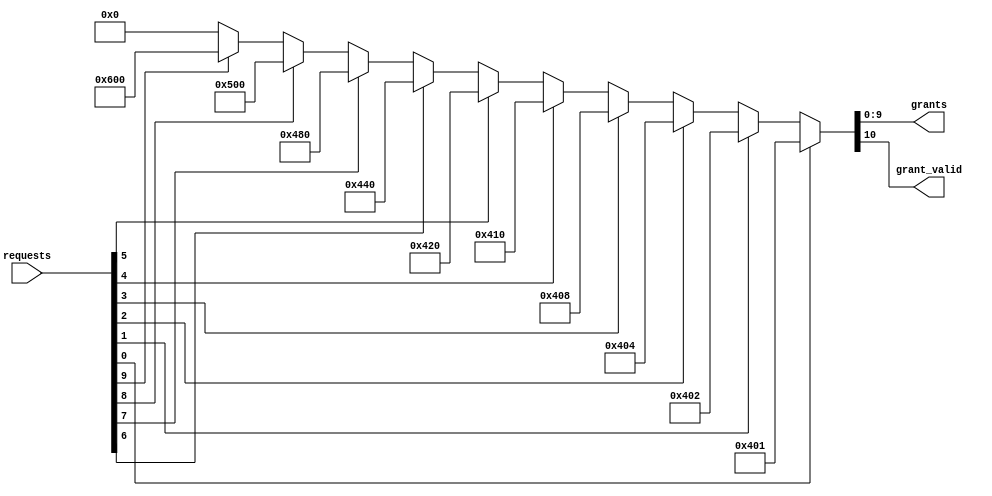
`timescale 1 ns/100 ps	// time unit = 1ns; precision = 1/10 ns

/* Static arbiter. Grant to the first request starting from the
 * least-significant bit
 */

 module arbiter_static #(
    parameter SIZE = 10
)
(
    input   [SIZE-1:0]  requests,
    output  [SIZE-1:0]  grants,
    output              grant_valid
);
    
    // This module only supports SIZE = 1, 2, 4, 8
    // psl ERROR_unsupported_arbiter_size: assert always {(SIZE > 0 && SIZE <= 10) || SIZE == 16};
    
    reg [SIZE:0] grant_temp;
    assign {grant_valid, grants} = grant_temp;

    generate
        if (SIZE == 1)
        begin
            always @(*)
            begin
                grant_temp = {requests, requests};
            end
        end
        else if (SIZE == 2)
        begin
            always @(*)
            begin
                if (requests[0])        grant_temp = 3'b101;
                else if (requests[1])   grant_temp = 3'b110;
                else                    grant_temp = 3'b000;
            end
        end
        else if (SIZE == 3)
        begin
            always @(*)
            begin
                if (requests[0])        grant_temp = 4'b1001;
                else if (requests[1])   grant_temp = 4'b1010;
                else if (requests[2])   grant_temp = 4'b1100;
                else                    grant_temp = 4'b0000;
            end
        end
        else if (SIZE == 4)
        begin
            always @(*)
            begin
                if (requests[0])        grant_temp = 5'b10001;
                else if (requests[1])   grant_temp = 5'b10010;
                else if (requests[2])   grant_temp = 5'b10100;
                else if (requests[3])   grant_temp = 5'b11000;
                else                    grant_temp = 5'b00000;
            end
        end
        else if (SIZE == 5)
        begin
            always @(*)
            begin
                if (requests[0])        grant_temp = 6'b10_0001;
                else if (requests[1])   grant_temp = 6'b10_0010;
                else if (requests[2])   grant_temp = 6'b10_0100;
                else if (requests[3])   grant_temp = 6'b10_1000;
                else if (requests[4])   grant_temp = 6'b11_0000;
                else                    grant_temp = 6'b00_0000;
            end
        end
        else if (SIZE == 6)
        begin
            always @(*)
            begin
                if (requests[0])        grant_temp = 7'b100_0001;
                else if (requests[1])   grant_temp = 7'b100_0010;
                else if (requests[2])   grant_temp = 7'b100_0100;
                else if (requests[3])   grant_temp = 7'b100_1000;
                else if (requests[4])   grant_temp = 7'b101_0000;
                else if (requests[5])   grant_temp = 7'b110_0000;
                else                    grant_temp = 7'b000_0000;
            end
        end
        else if (SIZE == 7)
        begin
            always @(*)
            begin
                if (requests[0])        grant_temp = 8'b1000_0001;
                else if (requests[1])   grant_temp = 8'b1000_0010;
                else if (requests[2])   grant_temp = 8'b1000_0100;
                else if (requests[3])   grant_temp = 8'b1000_1000;
                else if (requests[4])   grant_temp = 8'b1001_0000;
                else if (requests[5])   grant_temp = 8'b1010_0000;
                else if (requests[6])   grant_temp = 8'b1100_0000;
                else                    grant_temp = 8'b0000_0000;
            end
        end
        else if (SIZE == 8)
        begin
            always @(*)
            begin
                if (requests[0])        grant_temp = 9'b10000_0001;
                else if (requests[1])   grant_temp = 9'b10000_0010;
                else if (requests[2])   grant_temp = 9'b10000_0100;
                else if (requests[3])   grant_temp = 9'b10000_1000;
                else if (requests[4])   grant_temp = 9'b10001_0000;
                else if (requests[5])   grant_temp = 9'b10010_0000;
                else if (requests[6])   grant_temp = 9'b10100_0000;
                else if (requests[7])   grant_temp = 9'b11000_0000;
                else                    grant_temp = 9'b00000_0000;
            end
        end
        else if (SIZE == 9)
        begin
            always @(*)
            begin
                if (requests[0])        grant_temp = 10'b10_0000_0001;
                else if (requests[1])   grant_temp = 10'b10_0000_0010;
                else if (requests[2])   grant_temp = 10'b10_0000_0100;
                else if (requests[3])   grant_temp = 10'b10_0000_1000;
                else if (requests[4])   grant_temp = 10'b10_0001_0000;
                else if (requests[5])   grant_temp = 10'b10_0010_0000;
                else if (requests[6])   grant_temp = 10'b10_0100_0000;
                else if (requests[7])   grant_temp = 10'b10_1000_0000;
                else if (requests[8])   grant_temp = 10'b11_0000_0000;
                else                    grant_temp = 10'b00_0000_0000;
            end
        end
        else if (SIZE == 10)
        begin
            always @(*)
            begin
                if (requests[0])        grant_temp = 11'b100_0000_0001;
                else if (requests[1])   grant_temp = 11'b100_0000_0010;
                else if (requests[2])   grant_temp = 11'b100_0000_0100;
                else if (requests[3])   grant_temp = 11'b100_0000_1000;
                else if (requests[4])   grant_temp = 11'b100_0001_0000;
                else if (requests[5])   grant_temp = 11'b100_0010_0000;
                else if (requests[6])   grant_temp = 11'b100_0100_0000;
                else if (requests[7])   grant_temp = 11'b100_1000_0000;
                else if (requests[8])   grant_temp = 11'b101_0000_0000;
                else if (requests[9])   grant_temp = 11'b110_0000_0000;
                else                    grant_temp = 11'b000_0000_0000;
            end
        end
        else if (SIZE == 16)
        begin
            always @(*)
            begin
                if (requests[0])        grant_temp = 17'h10001;
                else if (requests[1])   grant_temp = 17'h10002;
                else if (requests[2])   grant_temp = 17'h10004;
                else if (requests[3])   grant_temp = 17'h10008;
                else if (requests[4])   grant_temp = 17'h10010;
                else if (requests[5])   grant_temp = 17'h10020;
                else if (requests[6])   grant_temp = 17'h10040;
                else if (requests[7])   grant_temp = 17'h10080;
                else if (requests[8])   grant_temp = 17'h10100;
                else if (requests[9])   grant_temp = 17'h10200;
                else if (requests[10])  grant_temp = 17'h10400;
                else if (requests[11])  grant_temp = 17'h10800;
                else if (requests[12])  grant_temp = 17'h11000;
                else if (requests[13])  grant_temp = 17'h12000;
                else if (requests[14])  grant_temp = 17'h14000;
                else if (requests[15])  grant_temp = 17'h18000;
                else                    grant_temp = 17'h00000;
            end
        end
    endgenerate
endmodule